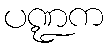
ပဏ္ဍက